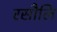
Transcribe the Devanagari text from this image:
रसौलि